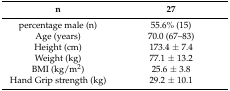
<table><thead><tr><td><b>n</b></td><td><b>27</b></td></tr></thead><tbody><tr><td>percentage male (n) </td><td>55.6% (15)</td></tr><tr><td>Age (years) </td><td>70.0 (67–83)</td></tr><tr><td>Height (cm) </td><td>173.4 ± 7.4 </td></tr><tr><td>Weight (kg)</td><td>77.1 ± 13.2</td></tr><tr><td>BMI (kg/m<sup>2</sup>) </td><td>25.6 ± 3.8</td></tr><tr><td>Hand Grip strength (kg)</td><td>29.2 ± 10.1</td></tr></tbody></table>